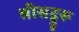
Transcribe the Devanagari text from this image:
श्रीसद्गुरू